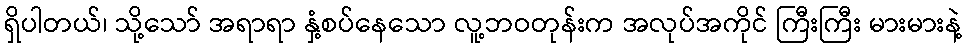
ရှိပါတယ်၊ သို့သော် အရာရာ နှံ့စပ်နေသော လူ့ဘဝတုန်းက အလုပ်အကိုင် ကြီးကြီး မားမားနဲ့